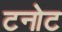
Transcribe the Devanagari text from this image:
टनोट